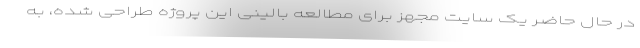
در حال حاضر یک سایت مجهز برای مطالعه بالینی این پروژه طراحی شده، به